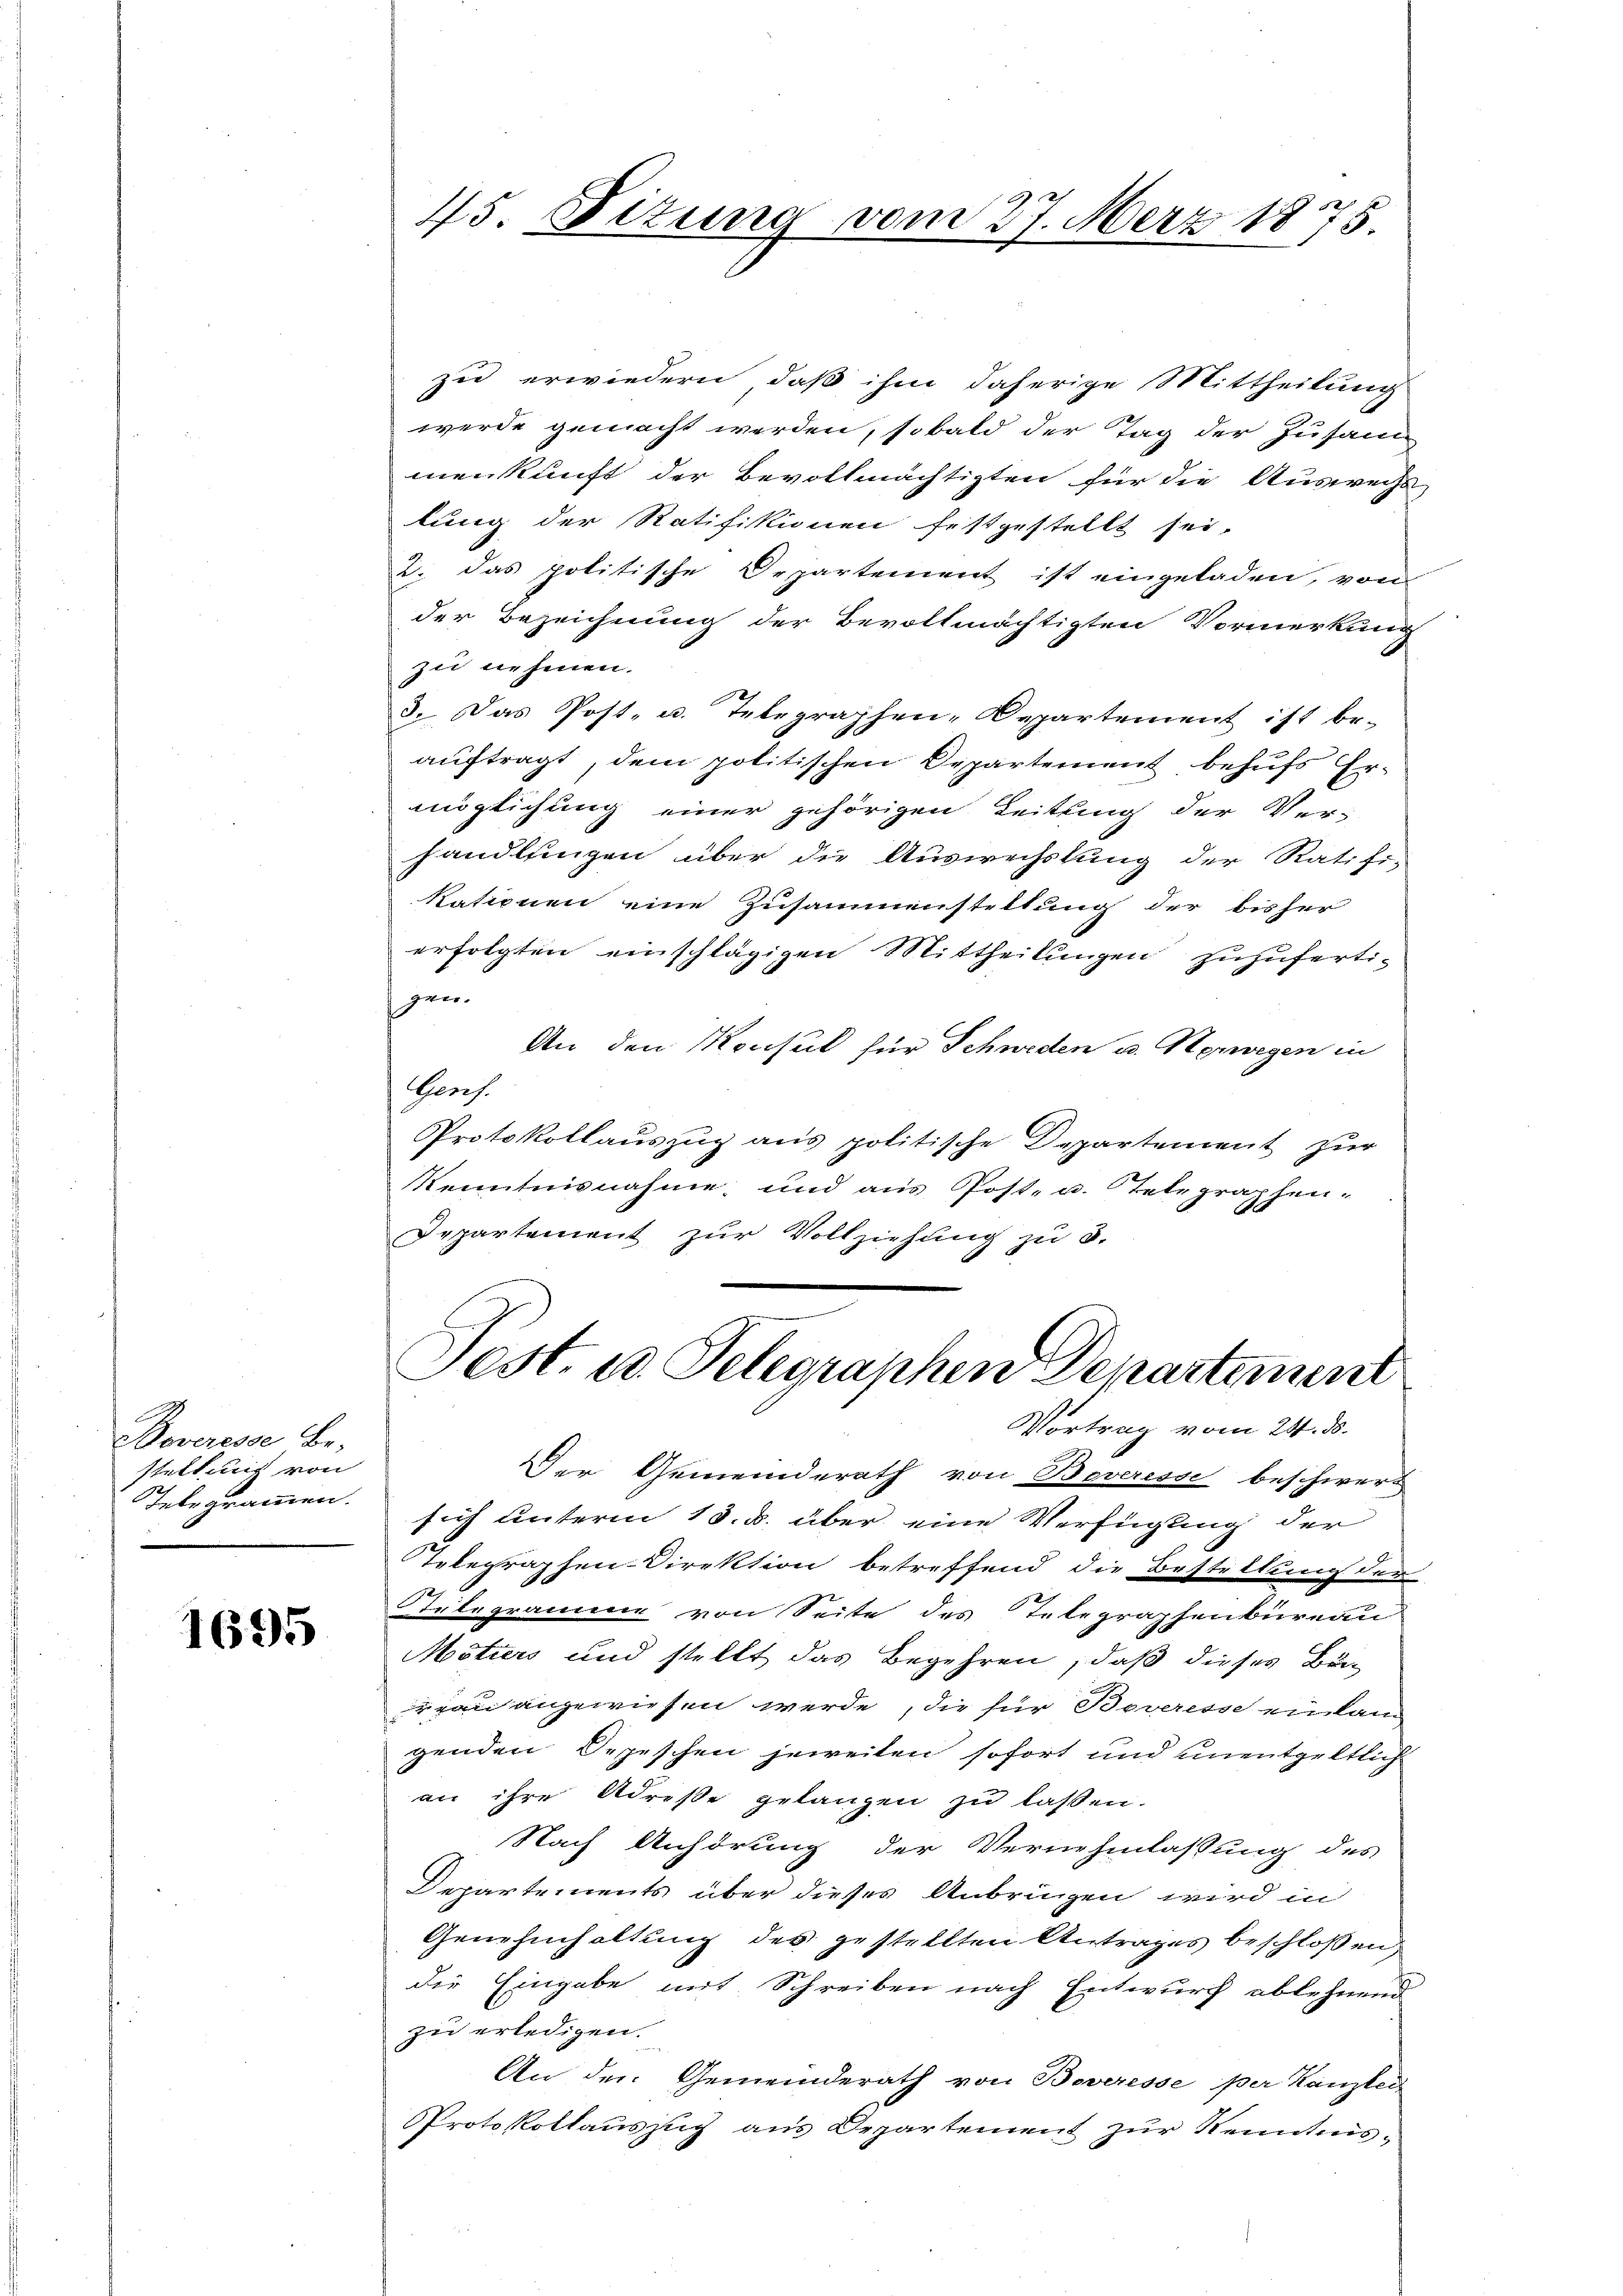
Doveresse Be-
stellung von
Telegrammen.

1695

zu erwiedern, daß ihm daherige Mittheilung
werde gemacht werden, sobald der Tag der Zusam
menkunft der Bevollmächtigten für die Auswegs
lung der Ratifikionen festgestellt sei.
2. das politische Departement ist eingeladen, von
der Bezeichnung der Bevollmächtigten Vormerkung
zu nehmen.
.
3. Das Post- u. Telegraphen-Departement ist be-
auftragt, dem politischen Departement behufs Ermöglichung einer gehörigen Leitung der Ver-
handlungen über die Auswechslung der Ratifi-
Rationen eine Zusammenstellung der bisher
erfolgten einschlägigen Mittheilungen zuzufertigen.
An den Konsul für Schweden u. Horwegen in
Beruf.
Protokollauszug aus politische Departement zur
Kenntnisnahme, und aus Post- u. Telegraphen-
Departement zur Vollziehung zu 3.

45. Ditung vom 27. März 1875.

Fest. u. Telegraphen Departement

Vortrag vom 24. ds.
Der Gemeinderath von Beverisse beschwert
sich unterm 13. d. über eine Verfügung der
Telegraphen-Direktion betreffend die Bestellung der
telegramme von Seite des Telegraphenbureau
Mötiers und stellt das Begehren, daß dieses Bun
jrgau angewiesen werde, die für Beveresse einlam
genden Depeschen jeweiten sofort und unentgeltlich
an ihre Adresse gelangen zu lassen.
Nach Anhörung der Vernehmlassung des
Departements über dieses Anbringen wird in
Genehmhaltung des gestellten Antrages beschloßen,
die Eingabe mit Schreiben nach Entwurf ablehnend
zu erledigen.
An den Gemeinderath von Boveresse per Kanzlei
Protokollauszug aus Departement zur Kenntnis-